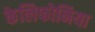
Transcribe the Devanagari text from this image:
केलिफोनिया